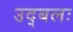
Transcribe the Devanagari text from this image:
उद्बलः